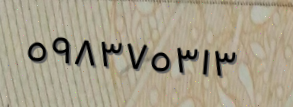
٥٩٨٣٧٥٣١٣